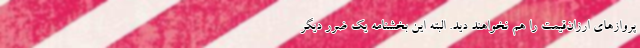
پروازهای ارزان‌قیمت را هم نخواهند دید. البته این بخشنامه یک ضرر دیگر